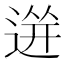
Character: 𲅡